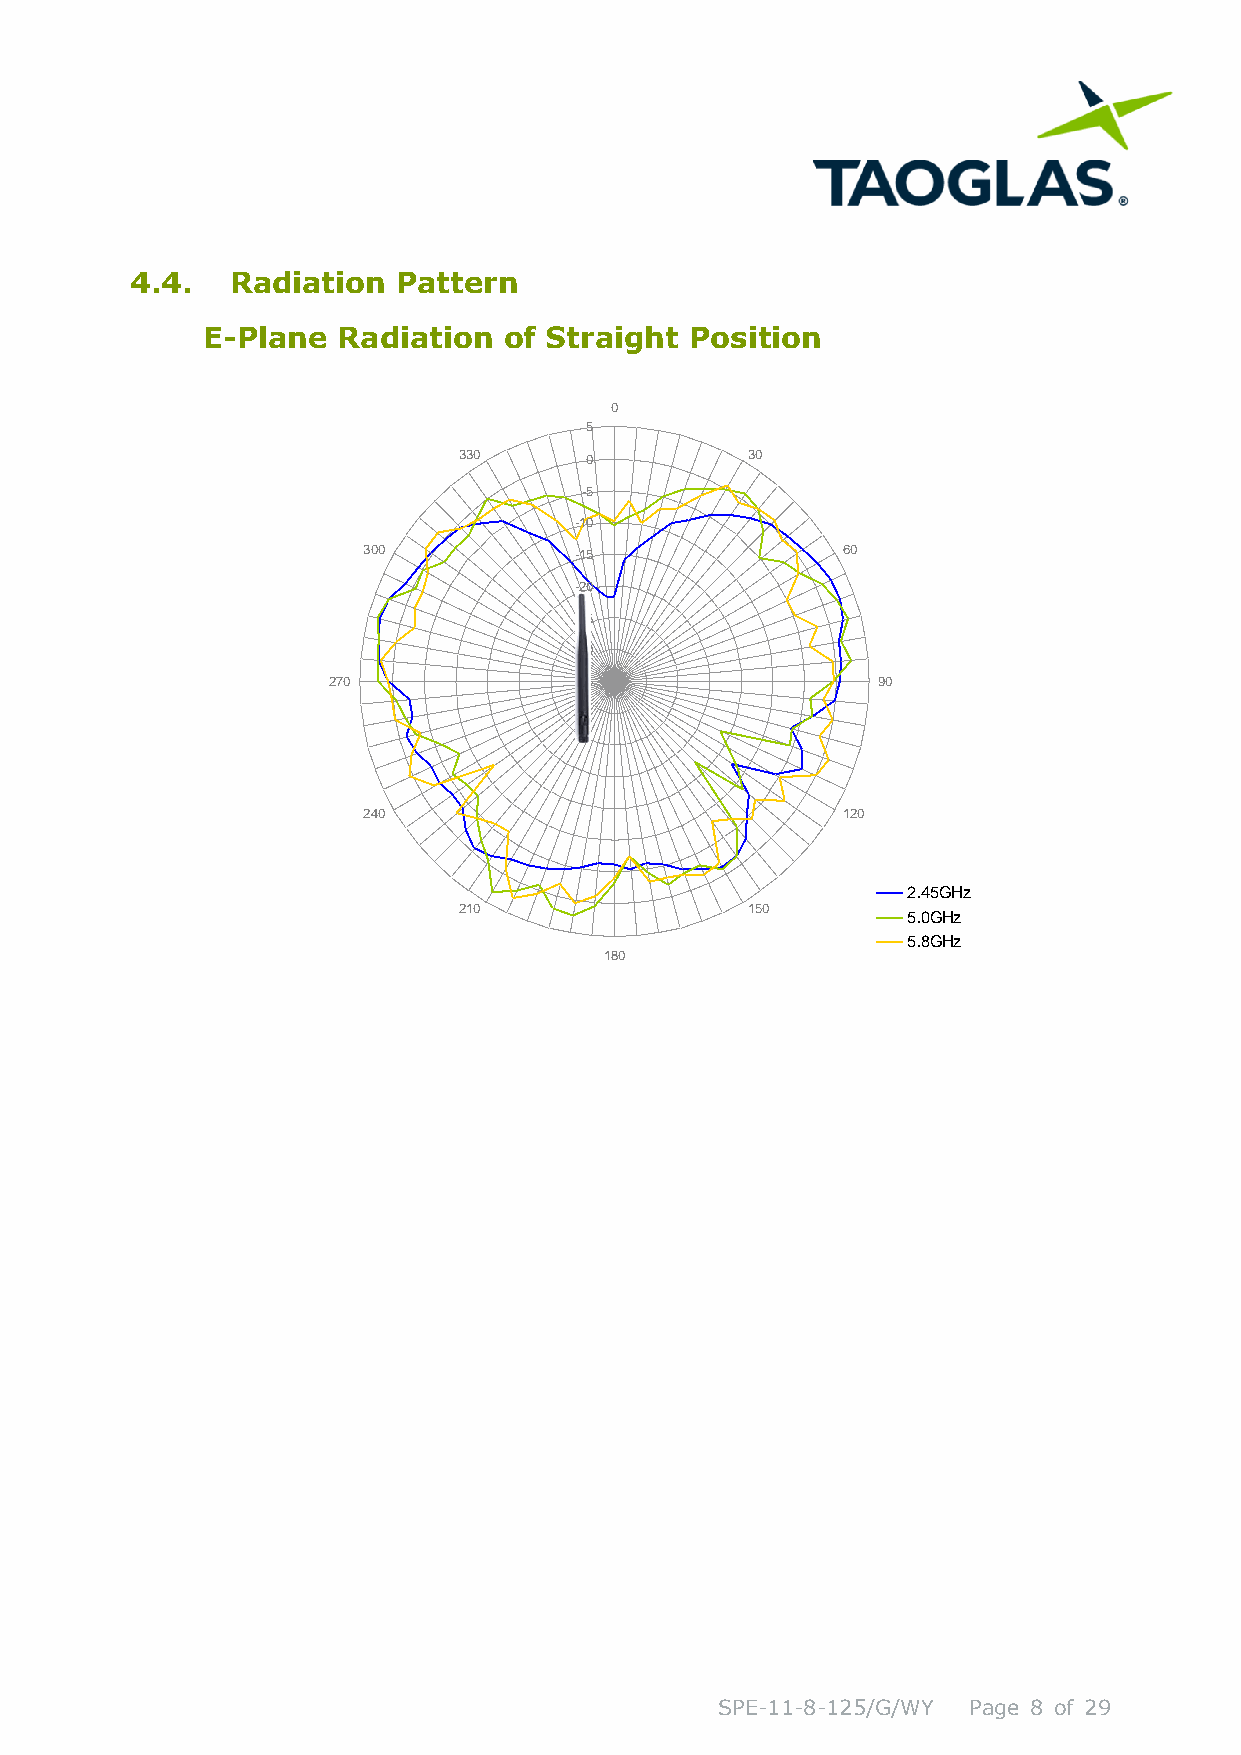
4.4.  Radiation  Pattern
 E-Plane  Radiation  of Straight  Position
 0
 5
 330      0         30
 -5
 -10
 300           -15               60
 -20
 -25
 -30
 270             -35                 90
 240                             120
 2.45GHz
 210                150
 5.0GHz
 5.8GHz
 180
 SPE-11-8-125/G/WY Page 8 of 29